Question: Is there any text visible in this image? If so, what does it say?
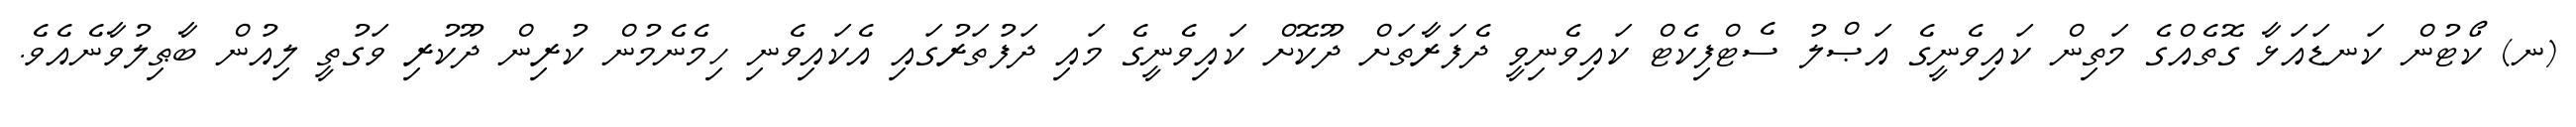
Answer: (ނ) ކޯޓުން ކަނޑައަޅާ ގޮތެއްގެ މަތިން ކައިވެނީގެ އަޞްލު ސެޓްފިކެޓް ކައިވެނިވީ ދެފަރާތަށް ދޫކޮށް ކައިވެނީގެ މައި ދަފުތަރުގައި އެކައިވެނި ހިމެނެމުން ކުރިން ދޫކުރި ވަގުތީ ލިއުން ބާޠިލުވާނެއެވެ.